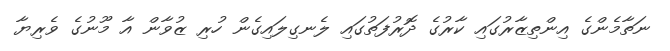
ނަތާމެންގެ އިންތިޒާރުގައި ކާރުގެ ދޮރުފަތުގައި ލެނގިލައިގެން ހުރި ޒުވާން އާ މޫނުގެ ވެރިޔާ